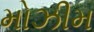
મોઝીમ